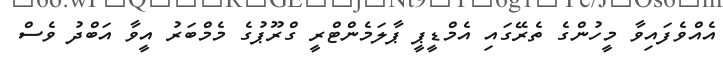
އެއްވެފައިވާ މީހުންގެ ތެރޭގައި އެމްޑީޕީ ޕާލަމެންޓްރީ ގްރޫޕުގެ މެމްބަރު އީވާ އަބްދު ވެސް